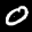
Label: 0